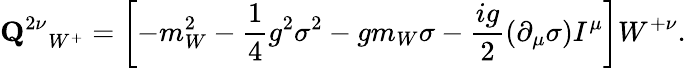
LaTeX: {{\mathbf Q}^{2\nu}}_{W^{+}}=\left[-m_{W}^{2}-\frac{1}{4}g^{2}\sigma^{2}-gm_{W}\sigma-\frac{ig}{2}\left(\partial_{\mu}\sigma\right)I^{\mu}\right]W^{+\nu}.